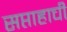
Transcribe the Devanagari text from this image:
सप्ताहाची